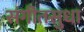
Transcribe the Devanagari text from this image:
संगीतसुधा